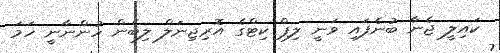
ކައިލީ ޖެނާ ބުނެފައި ވަނީ ލިޕް ކިޓްގެ އޮރިޖިނަލް ލިބެން ހުންނާނީ ހަމަ